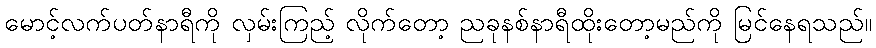
မောင့်လက်ပတ်နာရီကို လှမ်းကြည့် လိုက်တော့ ညခုနစ်နာရီထိုးတော့မည်ကို မြင်နေရသည်။